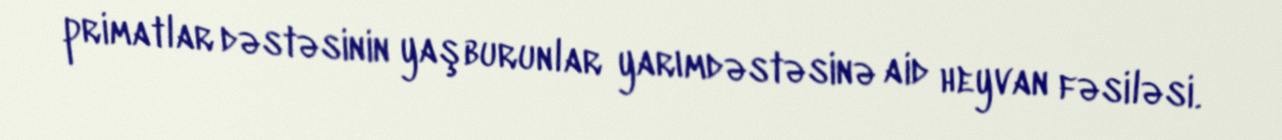
primatlar dəstəsinin yaşburunlar yarımdəstəsinə aid heyvan fəsiləsi.